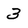
Character: 3